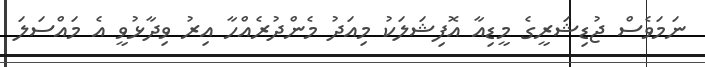
ނަމަވެސް ޖުޑިޝަރީގެ މީޑިއާ އޮފިޝަލަކު މިއަދު މެންދުރެއްހާ އިރު ވިދާޅުވީ އެ މައްސަލަ